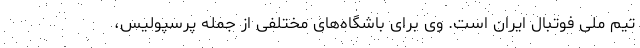
تیم ملی فوتبال ایران است. وی برای باشگاه‌های مختلفی از جمله پرسپولیس،